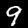
Label: 9